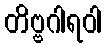
တိဗ္ဗဂါရဝါ